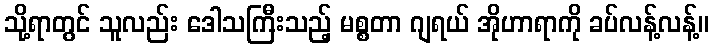
သို့ရာတွင် သူလည်း ဒေါသကြီးသည့် မစ္စတာ ဂျရယ် အိုဟာရာကို ခပ်လန့်လန့်။